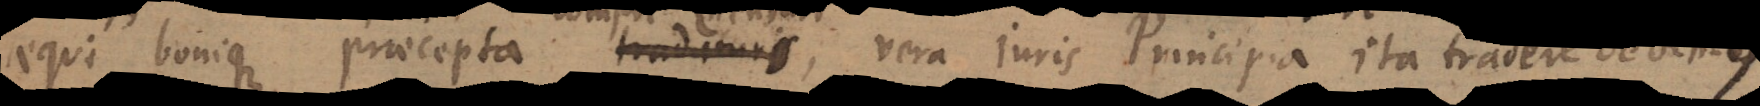
aequi bonique praecepta tradituri, vera juris Principia ita trademus,